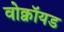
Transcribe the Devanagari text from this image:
वोक्वॉयड